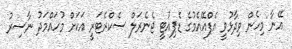
އޭނާ މިހެން ވިދާޅުވީ އެފްއޭއެމުގެ ޑެޕިއުޓީ ޖެނެރަލް ސެކްރެޓަރީ އަކަށް މުހައްމަދު ނާސިރު